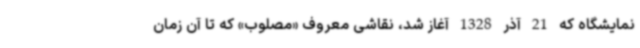
نمایشگاه که 21 آذر 1328 آغاز شد، نقاشی معروف «مصلوب» که تا آن زمان